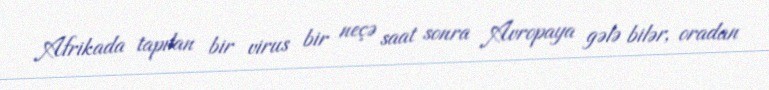
Afrikada tapılan bir virus bir neçə saat sonra Avropaya gələ bilər, oradan